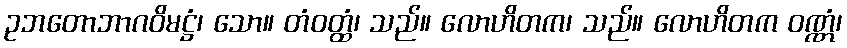
ဥဘတောဘာဂဝိမဋ္ဌံ၊ သော။ တံဝတ္ထံ၊ သည်။ လောဟိတက၊ သည်။ လောဟိတက ဝဏ္ဏံ၊